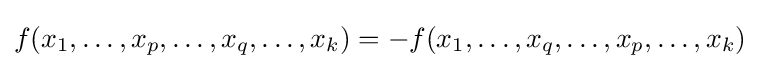
f(x_{1},\ldots ,x_{p},\ldots ,x_{q},\ldots ,x_{k})=-f(x_{1},\ldots ,x_{q},\ldots ,x_{p},\ldots ,x_{k})